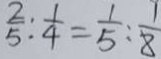
\frac { 2 } { 5 } : \frac { 1 } { 4 } = \frac { 1 } { 5 } : \frac { 1 } { 8 }